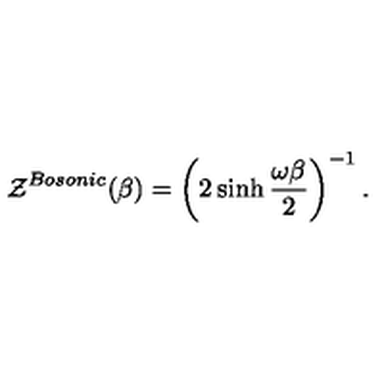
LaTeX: { \cal Z } ^ { B o s o n i c } ( \beta ) = \left( 2 \sinh { \frac { \omega \beta } { 2 } } \right) ^ { - 1 } .